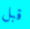
قبل